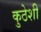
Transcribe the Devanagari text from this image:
कुठेशी